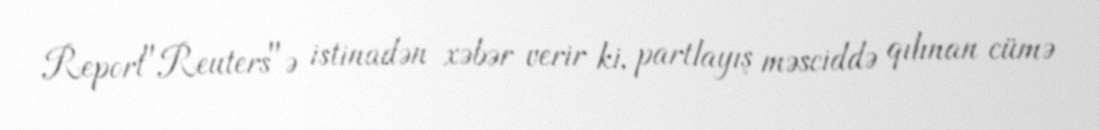
Report"Reuters"ə istinadən xəbər verir ki, partlayış məsciddə qılınan cümə